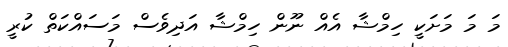
މަ މަ މަށަކީ ހިމްޝާ އެއް ނޫން ހިމްޝާ އަދިވެސް މަސައްކަތް ކުރީ